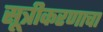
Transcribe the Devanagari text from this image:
सूत्रीकरणाचा